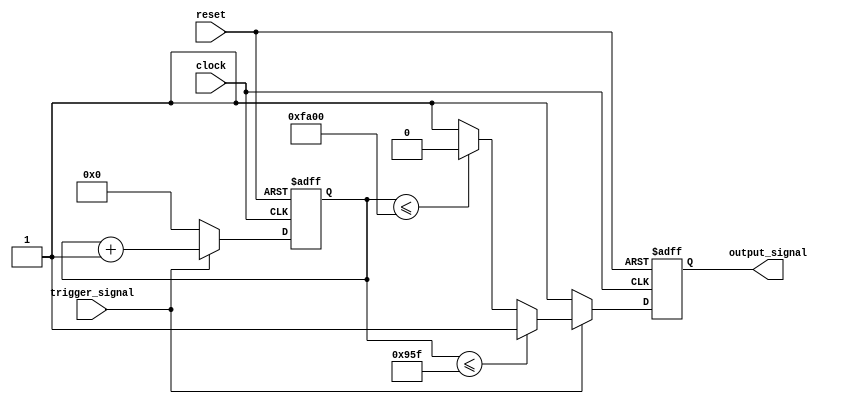
///////////////////////////////////////////////////////////////////////////////////////////////////
// Company: <Name>
//
// File history:
//      <Revision number>: <Date>: <Comments>
//      <Revision number>: <Date>: <Comments>
//      <Revision number>: <Date>: <Comments>
//
// Description: 
//
// <Description here>
//
// Targeted device: <Family::IGLOO> <Die::AGLN250V2> <Package::100 VQFP>
//
/////////////////////////////////////////////////////////////////////////////////////////////////// 
//`timescale <time_units> / <precision>

module modulator( clock, reset, trigger_signal, output_signal );
input clock, reset, trigger_signal;
output reg output_signal;

reg[15:0] clock_counter;

always @(negedge reset or posedge clock)
begin
    if (~reset)
    begin
        clock_counter <= 0;
        output_signal <= 1'b1;
    end
    else if (trigger_signal)
    begin
        clock_counter <= clock_counter+1;
        if (clock_counter<=16'd2399)
            output_signal <= 1'b1;
        else if (clock_counter<=16'd64000)
            output_signal <= 1'b0;
        else
            output_signal <= 1'b1;
    end
    else
    begin
        clock_counter <= 16'd0;
        output_signal <= 1'b1;
    end
    //else
    //begin
    //    if (trigger_signal)
    //    begin
    //        clock_counter <= clock_counter+1;
    //        if (clock_counter<=16'd200)
    //            output_signal <= 1'b0;
    //        else if (clock_counter<=16'd600)
    //            output_signal <= 1'b1;
    //        else
    //            output_signal <= 1'b0;
    //    end
    //end    
end

endmodule